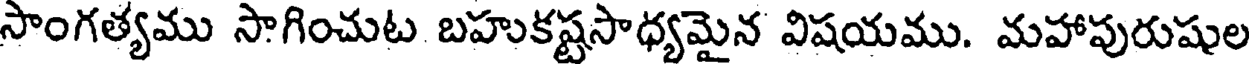
సాంగత్యము సాగించుట బహుకష్టసాధ్యమైన విషయము. మహాపురుషుల